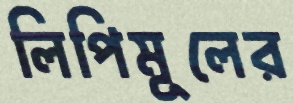
লিপিমূলের